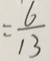
= \frac { 6 } { 1 3 }